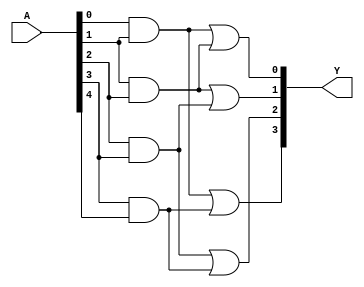
module FusedPAL (
    input wire [N-1:0] A,  // Input signals (A, B, C, ..., N)
    output wire [M-1:0] Y   // Output signals (Y1, Y2, ..., Ym)
);

parameter N = 8; // Number of inputs (can be adjusted)
parameter M = 4; // Number of outputs (can be adjusted)
parameter NUM_AND = 4; // Number of programmable AND gates

// Programmable AND gate outputs
wire [NUM_AND-1:0] and_out;

// Define programmable AND gates
generate
    genvar i;
    for (i = 0; i < NUM_AND; i = i + 1) begin : and_gates
        // Example configuration for AND gates
        // You can customize the inputs based on your design requirements
        // Here we use a simple example with fixed combinations
        if (i == 0)
            assign and_out[i] = A[0] & A[1]; // AND gate 1
        else if (i == 1)
            assign and_out[i] = A[1] & A[2]; // AND gate 2
        else if (i == 2)
            assign and_out[i] = A[2] & A[3]; // AND gate 3
        else if (i == 3)
            assign and_out[i] = A[3] & A[4]; // AND gate 4
    end
endgenerate

// Fixed OR array
assign Y[0] = and_out[0] | and_out[1]; // Output Y1
assign Y[1] = and_out[1] | and_out[2]; // Output Y2
assign Y[2] = and_out[2] | and_out[3]; // Output Y3
assign Y[3] = and_out[0] | and_out[3]; // Output Y4

endmodule